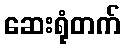
ဆေးရုံတက်